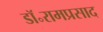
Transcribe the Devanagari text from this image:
डॉ॰रामप्रसाद